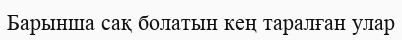
Барынша сақ болатын кең таралған улар